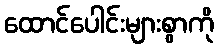
ထောင်ပေါင်းများစွာကို